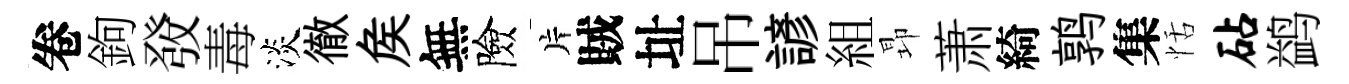
卷鉤𤼲毒淡徹矦無險片賊址吊諺組昻萧綺鹑集恬砧鹢